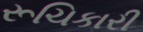
રૂચિકારી